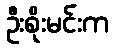
ဦးစိုးမင်းက